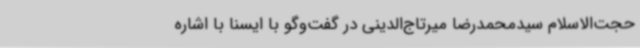
حجت‌الاسلام سیدمحمدرضا میرتاج‌الدینی در گفت‌وگو با ایسنا با اشاره